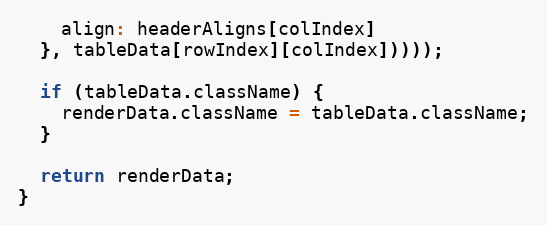
Language: JavaScript
    align: headerAligns[colIndex]
  }, tableData[rowIndex][colIndex]))));

  if (tableData.className) {
    renderData.className = tableData.className;
  }

  return renderData;
}